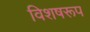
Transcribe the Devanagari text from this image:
विशषरूप